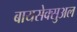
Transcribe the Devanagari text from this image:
बायसेक्सुअल